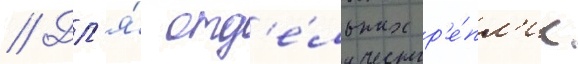
// Дл'я́ отд'е́льных р'е́пл'ик